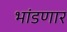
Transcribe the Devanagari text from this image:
भांडणार